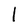
Character: 1